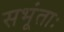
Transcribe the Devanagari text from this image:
सभूंताः